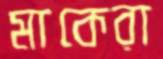
মাকেরা